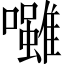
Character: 𡄪